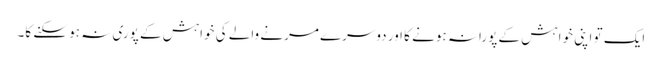
ایک تو اپنی خواہش کے پورانہ ہونے کا اور دوسرے مرنے والے کی خواہش کے پوری نہ ہو سکنے کا۔